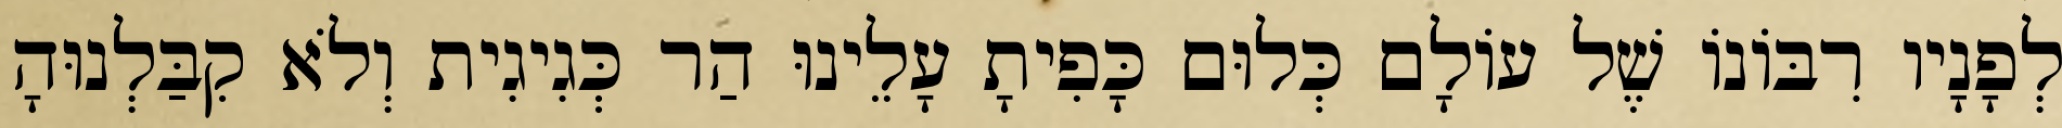
לְפָנָיו רִבּוֹנוֹ שֶׁל עוֹלָם כְּלוּם כָּפִיתָ עָלֵינוּ הַר כְּגִיגִית וְלֹא קִבַּלְנוּהָ